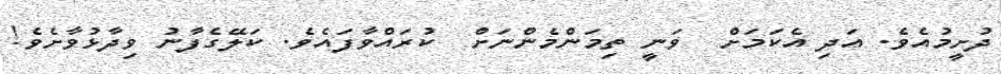
ދުށީމުއެވެ. އަދި އެކަމަށް  ވަނީ ތިމަންމެންނަށް  ކުރައްވާފައެވެ. ކަލޭގެފާނު ވިދާޅުވާށެވެ!